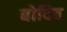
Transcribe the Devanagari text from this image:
बोदिच